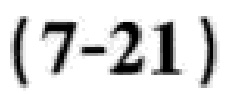
$(7 - 21)$